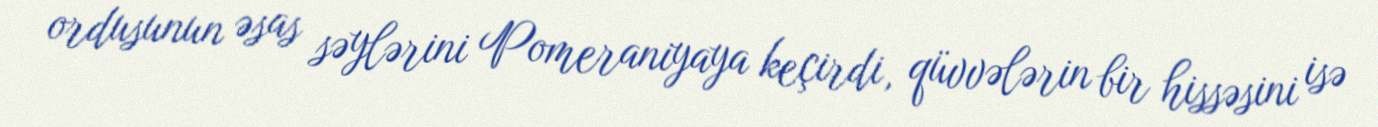
ordusunun əsas səylərini Pomeraniyaya keçirdi, qüvvələrin bir hissəsini isə